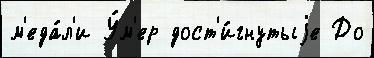
м'еда́л'и У́м'ер дост'и́гнутыjе До